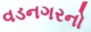
વડનગરનો